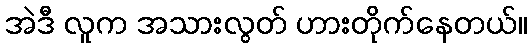
အဲဒီ လူက အသားလွတ် ဟားတိုက်နေတယ်။